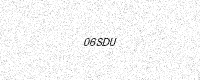
Text: 06SDU